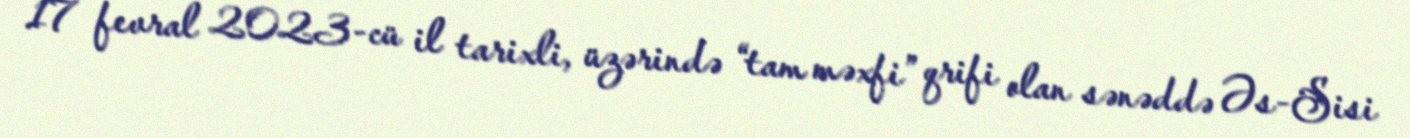
17 fevral 2023-cü il tarixli, üzərində “tam məxfi” qrifi olan sənəddə Əs-Sisi